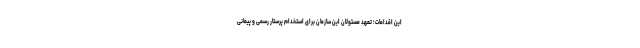
این اقدامات؛ تعهد مسئولان این سازمان برای استخدام پرستار رسمی و پیمانی